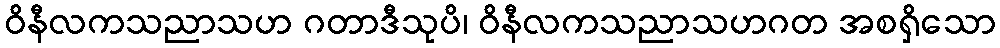
ဝိနီလကသညာသဟ ဂတာဒီသုပိ၊ ဝိနီလကသညာသဟဂတ အစရှိသော